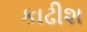
કાઢીશ